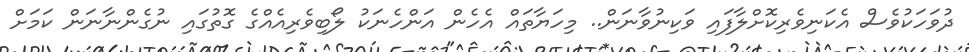
ދުވަހަކުވެސް އެކަނިވެރިކޮށްލާފައި ވަކިނުވާނަން.. މިހަޔާތައް އެހެން އަންހެނަކު ލޯބިވެރިއެއްގެ ގޮތުގައި ނުގެންނާނަން ކަމަށް